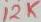
Text: 12K